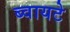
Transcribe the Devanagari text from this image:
ब्वायटे